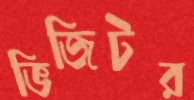
ভিজিটর